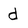
Character: d